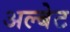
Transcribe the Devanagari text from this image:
अल्बेट